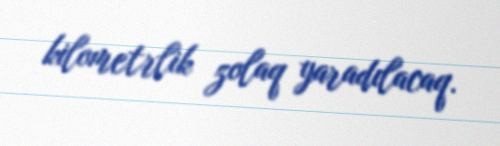
kilometrlik zolaq yaradılacaq.